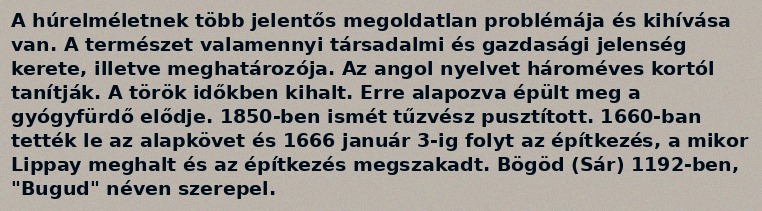
A húrelméletnek több jelentős megoldatlan problémája és kihívása van. A természet valamennyi társadalmi és gazdasági jelenség kerete, illetve meghatározója. Az angol nyelvet hároméves kortól tanítják. A török időkben kihalt. Erre alapozva épült meg a gyógyfürdő elődje. 1850-ben ismét tűzvész pusztított. 1660-ban tették le az alapkövet és 1666 január 3-ig folyt az építkezés, a mikor Lippay meghalt és az építkezés megszakadt. Bögöd (Sár) 1192-ben, "Bugud" néven szerepel.